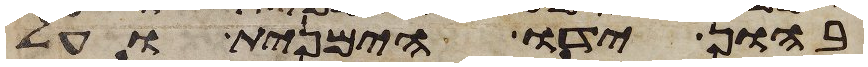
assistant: בהון ידו הימנית ועל